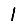
Digit: 1